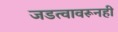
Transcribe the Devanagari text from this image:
जडत्वावरूनही